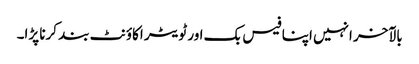
بالآخر انہیں اپنا فیس بک اور ٹویٹر اکاؤنٹ بند کرنا پڑا۔